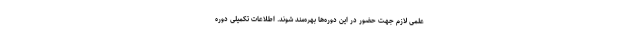
علمی لازم جهت حضور در این دوره‌ها بهره‌مند شوند. اطلاعات تکمیلی دوره